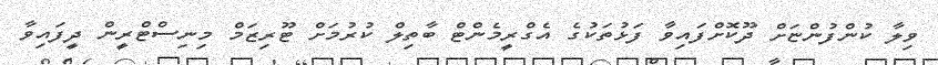
ވިލާ ކުންފުންޏަށް ދޫކޮށްފައިވާ ފަޅުތަކުގެ އެގްރީމެންޓް ބާތިލް ކުރުމަށް ޓޫރިޒަމް މިނިސްޓްރީން ދީފައިވާ